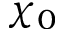
\chi _ { 0 }